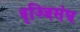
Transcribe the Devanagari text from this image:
वृज्जिसंघ